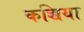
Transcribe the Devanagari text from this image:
कच्चिया